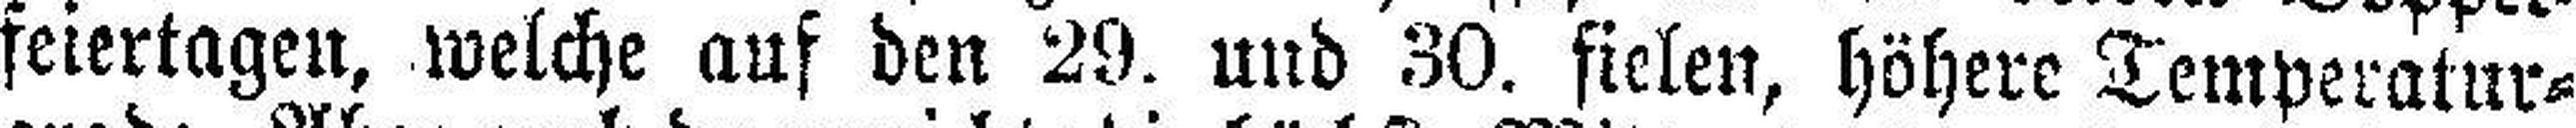
feiertagen, welche aus den 29. und 30. fielen, höhere Temperatur¬